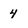
Character: 4